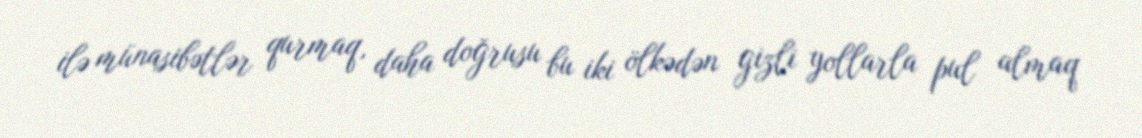
ilə münasibətlər qurmaq, daha doğrusu bu iki ölkədən gizli yollarla pul almaq